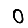
Digit: 0